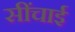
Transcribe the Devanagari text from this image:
सींचाई